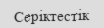
Серіктестік